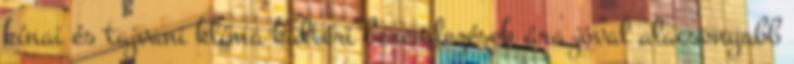
kínai és tajvani klíma kültéri berendezések ára jóval alacsonyabb